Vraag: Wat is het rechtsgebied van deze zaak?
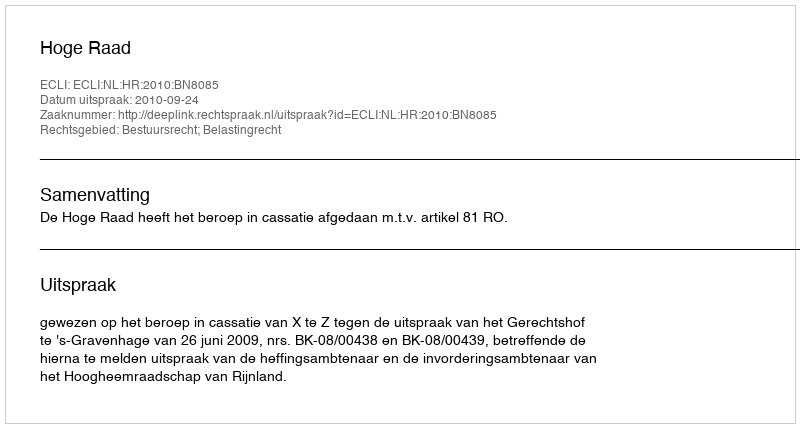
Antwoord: Bestuursrecht; Belastingrecht